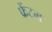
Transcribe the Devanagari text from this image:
फ्रेंटम